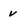
Character: v